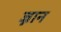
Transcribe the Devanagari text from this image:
ज्नान